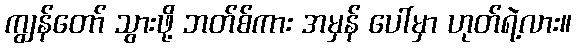
ကျွန်တော် သွားဖို့ ဘတ်စ်ကား အမှန် ပေါ်မှာ ဟုတ်ရဲ့လား။